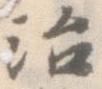
治